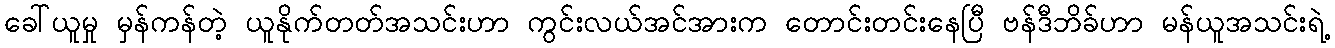
ခေါ်ယူမှု မှန်ကန်တဲ့ ယူနိုက်တတ်အသင်းဟာ ကွင်းလယ်အင်အားက တောင်းတင်းနေပြီ ဗန်ဒီဘိခ်ဟာ မန်ယူအသင်းရဲ့